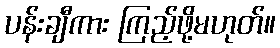
ပန်းချီကား ကြည့်ဖို့မဟုတ်။